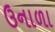
ઉનાળા